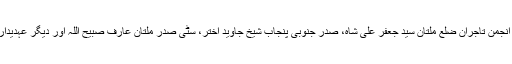
وفد میں صدر آل پاکستان انجمن تاجران ضلع ملتان سید جعفر علی شاہ، صدر جنوبی پنجاب شیخ جاوید اختر، سٹی صدر ملتان عارف صبیح اللہ اور دیگر عہدیدار و تاجر رہنماشامل تھے۔